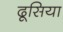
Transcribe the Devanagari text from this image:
ढूसिया